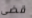
قضى